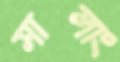
সালাং